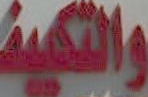
والتكييف